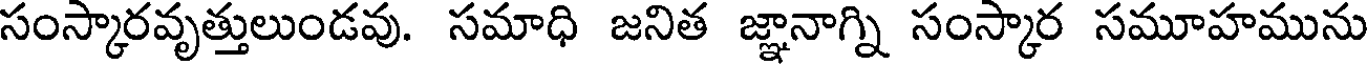
సంస్కారవృత్తులుండవు. సమాధి జనిత జ్ఞానాగ్ని సంస్కార సమూహమును